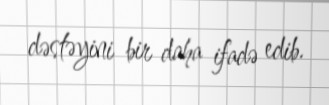
dəstəyini bir daha ifadə edib.